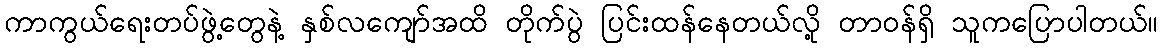
ကာကွယ်ရေးတပ်ဖွဲ့တွေနဲ့ နှစ်လကျော်အထိ တိုက်ပွဲ ပြင်းထန်နေတယ်လို့ တာဝန်ရှိ သူကပြောပါတယ်။